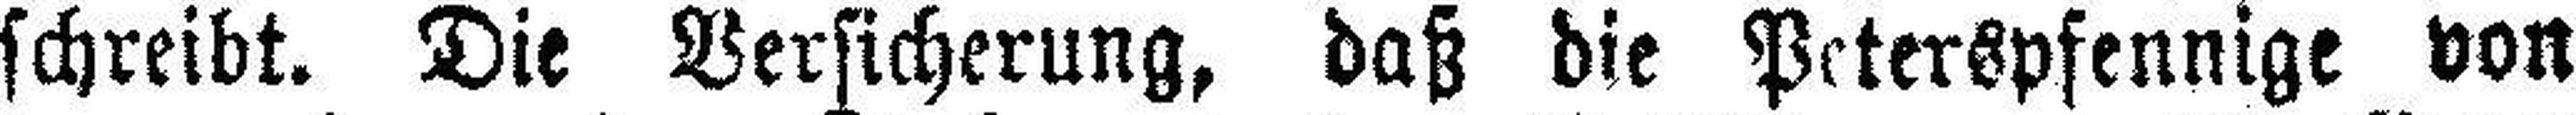
schreibt. Die Versicherung, daß die Peterspfennige von